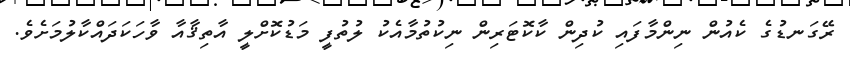
ރޭގަނޑުގެ ކެއުން ނިންމާފައި ކުދިން ކާކޮޓަރިން ނިކުތުމާއެކު ލުތުފީ މަޑުކޮށްލީ އާތިޤާއާ ވާހަކަދައްކާލުމަށެވެ.